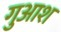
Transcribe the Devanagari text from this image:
गुआश